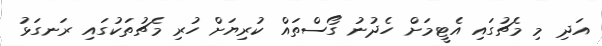
އަދި މި މެޗުގައި އެޓީމަށް ހެދުނު ގޯސްތައް ކުރިޔަށް ހުރި މެޗުތަކުގައި ރަނގަޅު